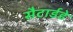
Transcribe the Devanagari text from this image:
सैटार्डडे